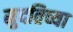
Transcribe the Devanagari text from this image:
मुदतिच्या